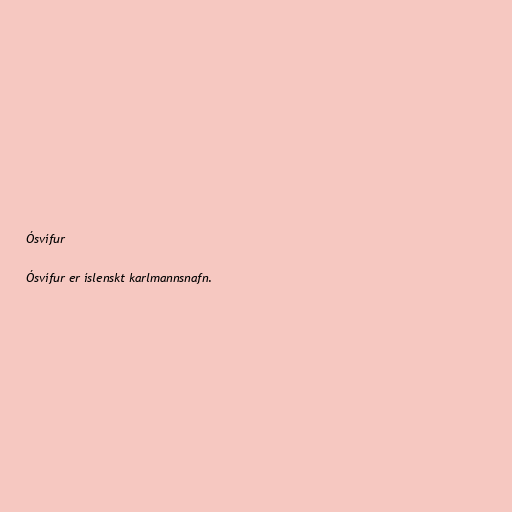
Ósvífur

Ósvífur er íslenskt karlmannsnafn.